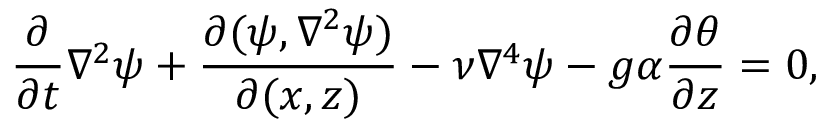
\frac { \partial } { \partial t } \nabla ^ { 2 } \psi + \frac { \partial ( \psi , \nabla ^ { 2 } \psi ) } { \partial ( x , z ) } - \nu \nabla ^ { 4 } \psi - g \alpha \frac { \partial \theta } { \partial z } = 0 ,